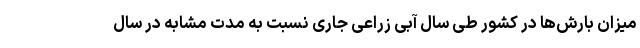
میزان بارش‌ها در کشور طی سال آبی زراعی جاری نسبت به مدت مشابه در سال